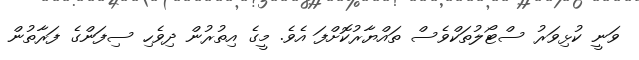
ވަނީ ކުޅިވަރު ސްޓޯލުތަކްވެސް ތައްޔާރުކޮށްފަ އެވެ. މީގެ އިތުރުން ދިވެހި ސިފަންގެ ފަރާތުން